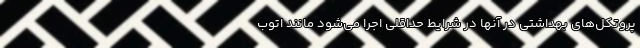
پروتکل‌های بهداشتی در آنها در شرایط حداقلی اجرا می‌شود مانند اتوب